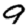
Digit: 9